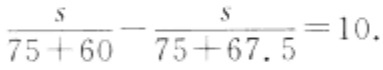
$\frac{s}{75 + 60}-\frac{s}{75 + 67.5}=10.$